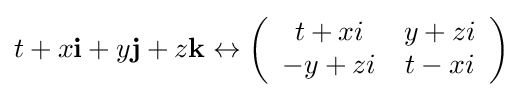
t+x\mathbf {i} +y\mathbf {j} +z\mathbf {k} \leftrightarrow \left({\begin{array}{*{20}c}t+xi&y+zi\\-y+zi&t-xi\end{array}}\right)